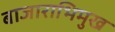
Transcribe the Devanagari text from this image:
बाजाराभिमुख